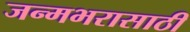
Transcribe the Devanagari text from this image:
जन्मभरासाठी